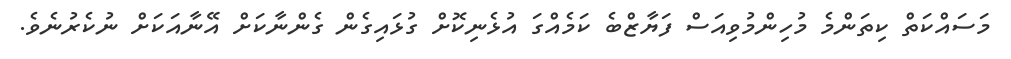
މަސައްކަތް ކިތަންމެ މުހިންމުވިއަސް ފަޔާޒްބެ ކަމެއްގަ އުޅެނިކޮށް ގުޅައިގެން ގެންނާކަށް އޭނާއަކަށް ނުކެރުނެވެ.